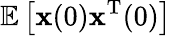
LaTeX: \mathbb{E}\left[{\mathbf{x}}(0){\mathbf{x}}^{\mathrm{T}}(0)\right]